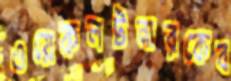
ওয়েকলটনারকেব